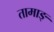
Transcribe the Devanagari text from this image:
तामाङ्‌